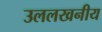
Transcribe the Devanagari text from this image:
उललखनीय